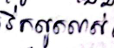
រីកលូតលាស់